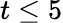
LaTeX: t\leq 5